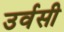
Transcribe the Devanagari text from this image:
उर्वसी